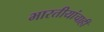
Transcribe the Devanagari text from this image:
भारतीयांचाही